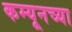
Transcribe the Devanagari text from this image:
कम्यूनच्या